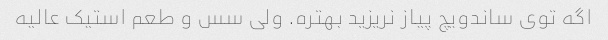
اگه توی ساندویچ پیاز نریزید بهتره. ولی سس و طعم استیک عالیه